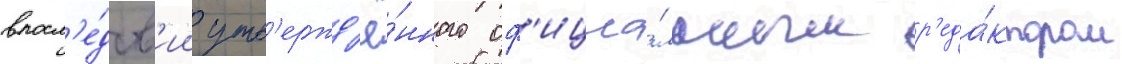
впосл'е́дств'ии утв'ержд'ё́нного оф'ициа́льным р'еда́ктором